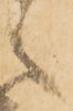
之